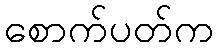
စောက်ပတ်က